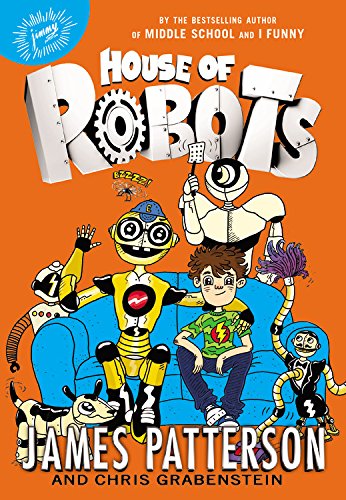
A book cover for House of Robots; James Patterson; Children's Books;